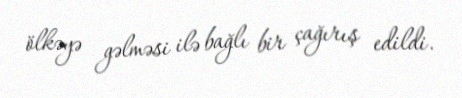
ölkəyə gəlməsi ilə bağlı bir çağırış edildi.